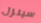
سينزل